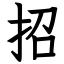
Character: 招